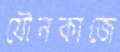
যৌনকাজে